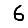
Digit: 6